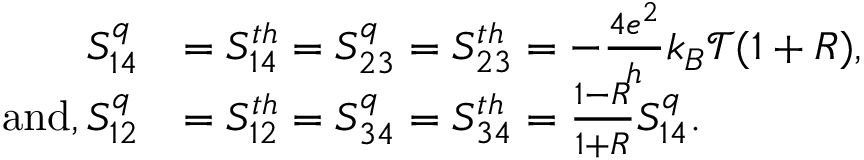
\begin{array} { r l } { S _ { 1 4 } ^ { q } } & { = { S _ { 1 4 } ^ { t h } } = S _ { 2 3 } ^ { q } = { S _ { 2 3 } ^ { t h } } = - \frac { 4 e ^ { 2 } } { h } k _ { B } \mathcal { T } ( 1 + R ) , } \\ { \mathrm { a n d } , S _ { 1 2 } ^ { q } } & { = { S _ { 1 2 } ^ { t h } } = S _ { 3 4 } ^ { q } = { S _ { 3 4 } ^ { t h } } = \frac { 1 - R } { 1 + R } S _ { 1 4 } ^ { q } . } \end{array}